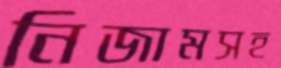
নিজামসহ